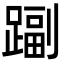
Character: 𨄩